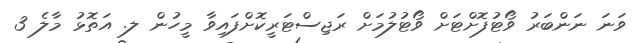
ވަނަ ނަންބަރު ވޯޓުފޮށްޓަށް ވޯޓުލުމަށް ރަޖިސްޓަރީކޮށްފައިވާ މީހުން ލ. އަތޮޅު މާލެ 3